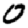
Digit: 0